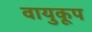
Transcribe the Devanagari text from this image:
वायुकूप